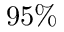
9 5 \%